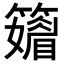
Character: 𥶫